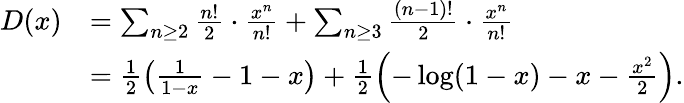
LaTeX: \begin{array}{rl}{D(x)}&{=\sum_{n\ge 2}\frac{n!}{2}\cdot\frac{x^{n}}{n!}+\sum_{n\ge 3}\frac{(n-1)!}{2}\cdot\frac{x^{n}}{n!}}\\ &{=\frac 12\left(\frac{1}{1-x}-1-x\right)+\frac 12\left(-\log(1-x)-x-\frac{x^{2}}{2}\right).}\end{array}